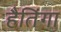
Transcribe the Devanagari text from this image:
हैतिंगा